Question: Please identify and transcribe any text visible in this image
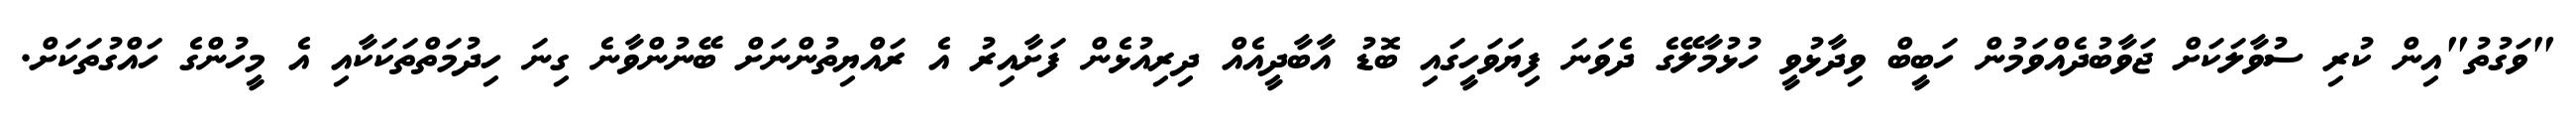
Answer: "ވަގުތު"އިން ކުރި ސުވާލަކަށް ޖަވާބުދެއްވަމުން ހަބީބް ވިދާޅުވީ ހުޅުމާލޭގެ ދެވަނަ ފިޔަވަހީގައި ބޮޑު އާބާދީއެއް ދިރިއުޅެން ފަށާއިރު އެ ރައްޔިތުންނަށް ބޭނުންވާނެ ގިނަ ހިދުމަތްތަކަކާއި އެ މީހުންގެ ހައްގުތަކަށް.